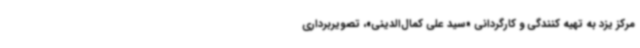
مرکز یزد به تهیه کنندگی و کارگردانی «سید علی کمال‌الدینی»، تصویربرداری